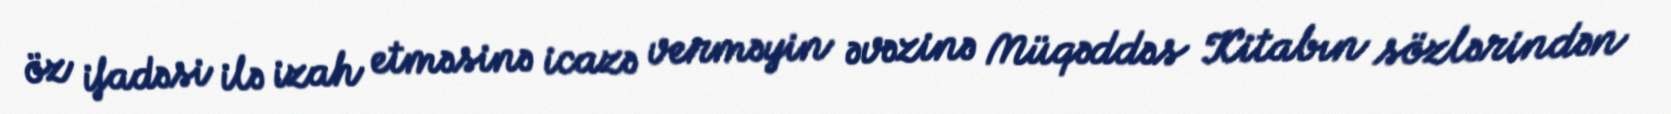
öz ifadəsi ilə izah etməsinə icazə verməyin əvəzinə Müqəddəs Kitabın sözlərindən